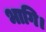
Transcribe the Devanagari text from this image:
भागि।